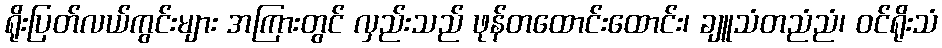
ရိုးပြတ်လယ်ကွင်းများ အကြားတွင် လှည်းသည် ဖုန်တထောင်းထောင်း၊ ချူသံတညံညံ၊ ဝင်ရိုးသံ